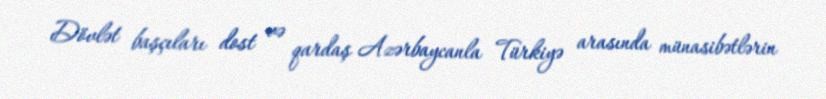
Dövlət başçıları dost və qardaş Azərbaycanla Türkiyə arasında münasibətlərin